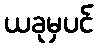
ယခုမှပင်